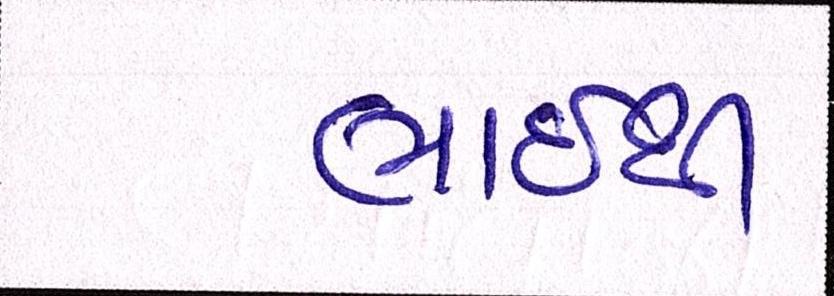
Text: ભાઇથી